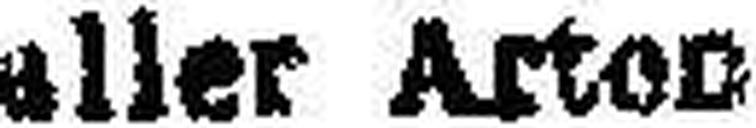
aller Arten